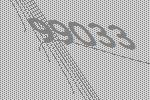
99033